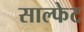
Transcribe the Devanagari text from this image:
साल्फेट